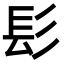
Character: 髟